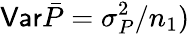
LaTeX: \mathsf{Var}\bar{P}=\sigma_{P}^{2}/n_{1})